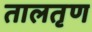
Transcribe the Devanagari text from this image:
तालतृण